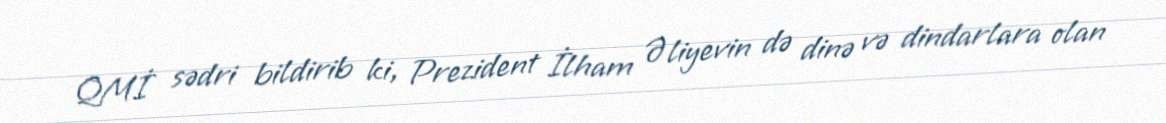
QMİ sədri bildirib ki, Prezident İlham Əliyevin də dinə və dindarlara olan